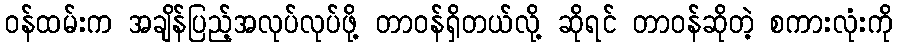
ဝန်ထမ်းက အချိန်ပြည့်အလုပ်လုပ်ဖို့ တာဝန်ရှိတယ်လို့ ဆိုရင် တာဝန်ဆိုတဲ့ စကားလုံးကို